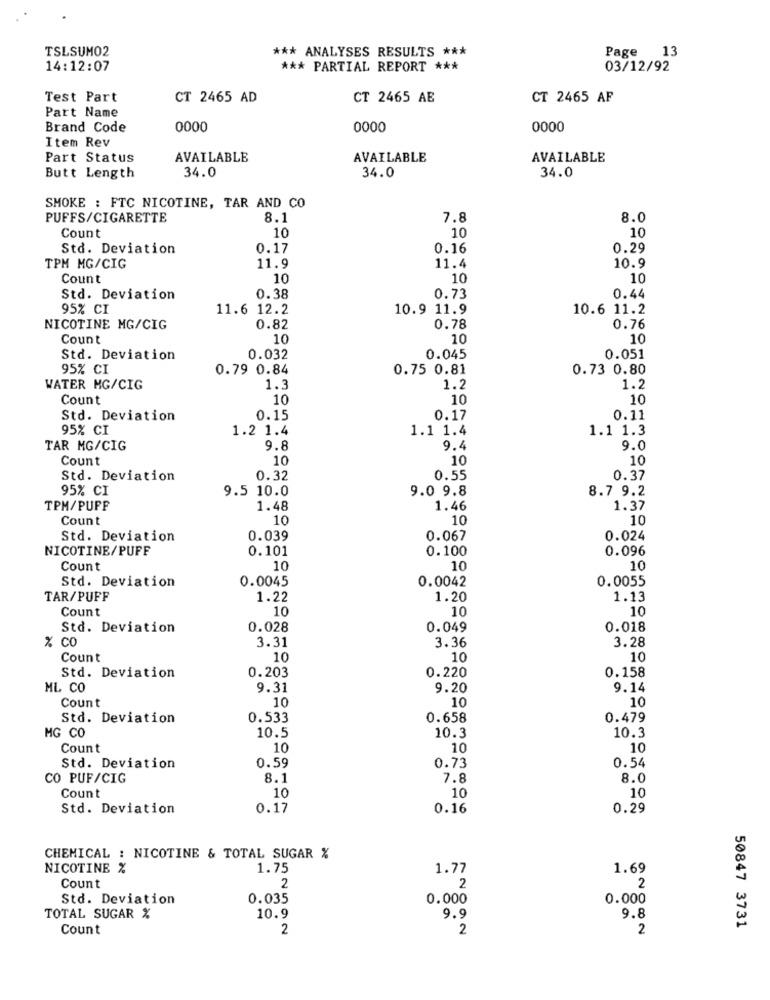
TSLSUMO2
*** ANALYSES RESULTS ***
Page 13
14:12:07
*** PARTIAL REPORT ***
03/12/92
Test Part
CT 2465 AD
CT 2465 AE
CT 2465 AF
Part Name
Brand Code
0000
0000
0000
Item Rev
Part Status
AVAILABLE
AVAILABLE
AVAILABLE
34.0
34.0
34.0
Butt Length
SMOKE : FTC NICOTINE, TAR AND CO
PUFFS/CIGARETTE
8.1
7.8
8.0
Count
10
10
10
Std. Deviation
0.17
0.16
0.29
TPM MG/CIG
11.9
11.4
10.9
Count
10
10
10
Std. Deviation
0.38
0.73
0.44
95% CI
11.6 12.2
10.9 11.9
10.6 11.2
NICOTINE MG/CIG
0.82
0.78
0.76
Count
10
10
10
Std. Deviation
0.032
0.045
0.051
95% CI
0.79 0.84
0.75 0.81
0.73 0.80
WATER MG/CIG
1.3
1.2
1.2
Count
10
10
10
Std. Deviation
0.15
0.17
0.11
95% CI
1.2 1.4
1.1 1.4
1.1 1.3
TAR MG/CIG
9.8
9.4
9.0
Count
10
10
10
Std. Deviation
0.32
0.55
0.37
95% CI
9.5 10.0
9.0 9.8
8.7 9.2
TPM/PUFF
1.48
1.46
1.37
Count
10
10
10
Std. Deviation
0.039
0.067
0.024
NICOTINE/PUFF
0.101
0.100
0.096
Count
10
10
10
Std. Deviation
0.0045
0.0055
0.0042
TAR/PUFF
1.22
1.20
1.13
Count
10
10
10
Std. Deviation
0.028
0.049
0.018
% Co
3.31
3.36
3.28
Count
10
10
10
Std. Deviation
0.203
0.158
0.220
ML CO
9.31
9.20
9.14
Count
10
10
10
Std. Deviation
0.533
0.658
0.479
MG CO
10.5
10.3
10.3
Count
10
10
10
0.59
0.73
0.54
Std. Deviation
CO PUF/CIG
8.1
7.8
8.0
10
10
Count
10
Std. Deviation
0.17
0.16
0.29
CHEMICAL : NICOTINE & TOTAL SUGAR %
NICOTINE %
1.75
1.77
1.69
2
Count
2
2
Std. Deviation
0.035
0.000
0.000
TOTAL SUGAR %
10.9
9.9
9.8
Count
2
2
2
50847 3731